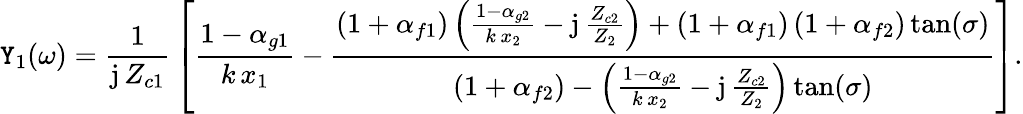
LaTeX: \mathtt{Y}_{1}(\omega)=\frac{{1}}{{\mathrm{{j}}\, Z_{c1}}}\, \left[\frac{{1-{\alpha}_{g1}}}{{k\, x_{1}}}-\frac{{\left(1+{\alpha}_{f1}\right)\left(\frac{{1-{\alpha}_{g2}}}{{k\, x_{2}}}-\mathrm{{j}}\, \frac{{Z_{c2}}}{{Z_{2}}}\right)+\left(1+{\alpha}_{f1}\right)\left(1+{\alpha}_{f2}\right)\tan(\sigma)}}{{\left(1+{\alpha}_{f2}\right)-\left(\frac{{1-{\alpha}_{g2}}}{{k\, x_{2}}}-\mathrm{{j}}\, \frac{{Z_{c2}}}{{Z_{2}}}\right)\tan(\sigma)}}\right].